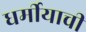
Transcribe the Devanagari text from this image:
धर्मीयाची